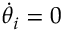
\Dot { \theta } _ { i } = 0